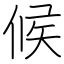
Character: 候